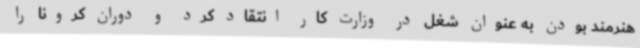
هنرمند بودن به عنوان شغل در وزارت کار انتقاد کرد و دوران کرونا را